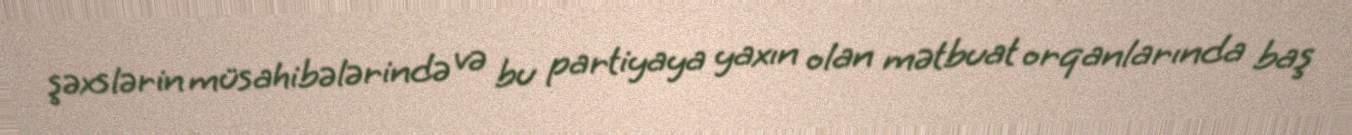
şəxslərin müsahibələrində və bu partiyaya yaxın olan mətbuat orqanlarında baş